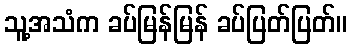
သူ့အသံက ခပ်မြန်မြန် ခပ်ပြတ်ပြတ်။